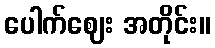
ပေါက်ဈေး အတိုင်း။